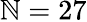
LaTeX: \mathbb{N}=27